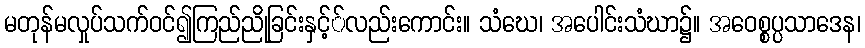
မတုန်မလှုပ်သက်ဝင်၍ကြည်ညိုခြင်းနှင့််လည်းကောင်း။ သံဃေ၊ အပေါင်းသံဃာ၌။ အဝေစ္စပ္ပသာဒေန၊